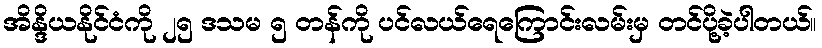
အိန္ဒိယနိုင်ငံကို ၂၅ ဒသမ ၅ တန်ကို ပင်လယ်ရေကြောင်းလမ်းမှ တင်ပို့ခဲ့ပါတယ်။